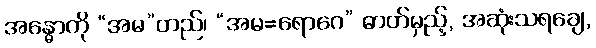
အန္ဓောကို “အမ”တည်၊ “အမ=ရောဂေ” ဓာတ်မှည့်, အဆုံးသရချေ,